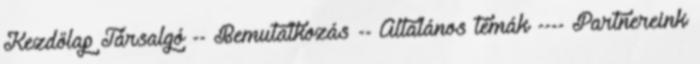
Kezdőlap Társalgó -- Bemutatkozás -- Általános témák ---- Partnereink